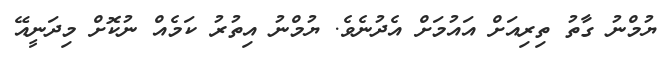
ޔުމްނު ގާތު ތިރިއަށް އައުމަށް އެދުނެވެ. ޔުމްނު އިތުރު ކަމެއް ނުކޮށް މިދަނީއޭ